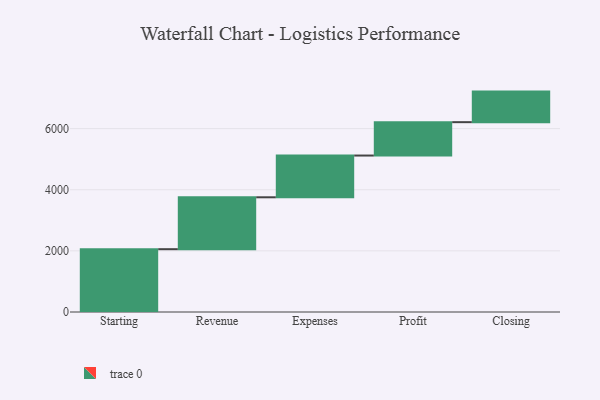
{"axis": {"x": "Step", "y": "Value"}, "legend": [""], "data": [{"x": "Starting", "y": 2055.0, "type": ""}, {"x": "Revenue", "y": 1698.0, "type": ""}, {"x": "Expenses", "y": 1366.0, "type": ""}, {"x": "Profit", "y": 1092.0, "type": ""}, {"x": "Closing", "y": 1000, "type": ""}]}